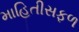
માહિતીસફળ